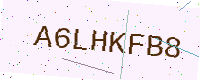
Text: A6LHKFB8